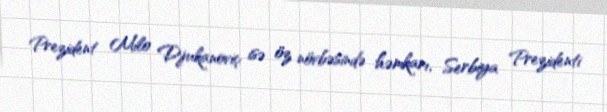
Prezident Milo Djukanoviç isə öz növbəsində həmkarı, Serbiya Prezidenti